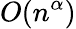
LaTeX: O(n^{\alpha})